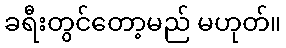
ခရီးတွင်တော့မည် မဟုတ်။